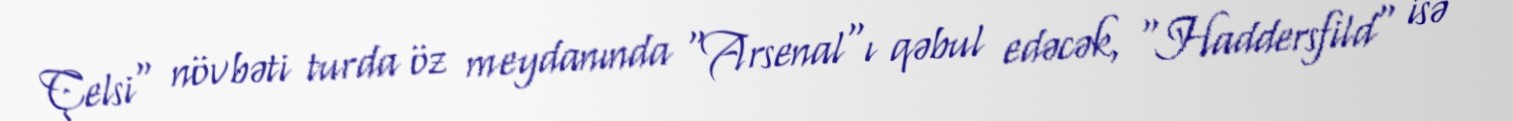
Çelsi" növbəti turda öz meydanında "Arsenal"ı qəbul edəcək, "Haddersfild" isə